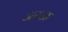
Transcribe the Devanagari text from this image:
अरुळ